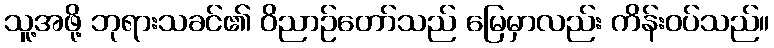
သူ့အဖို့ ဘုရားသခင်၏ ဝိညာဉ်တော်သည် မြေမှာလည်း ကိန်းဝပ်သည်။